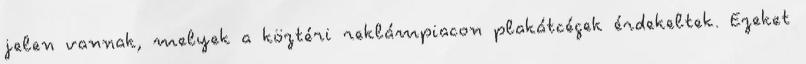
jelen vannak, melyek a köztéri reklámpiacon plakátcégek érdekeltek. Ezeket